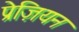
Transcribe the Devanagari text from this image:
प्रेज़ियन